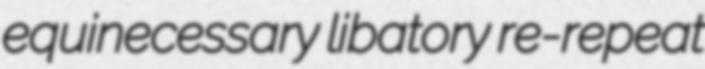
equinecessary libatory re-repeat